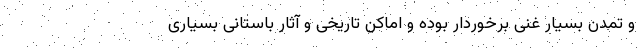
و تمدن بسیار غنی برخوردار بوده و اماکن تاریخی و آثار باستانی بسیاری